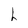
Character: h